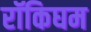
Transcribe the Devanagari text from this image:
रॉकिघम